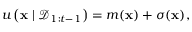
u \left( \mathbf { x } \mid \mathcal { D } _ { 1 : t - 1 } \right) = m ( \mathbf { x } ) + \sigma ( \mathbf { x } ) ,